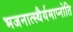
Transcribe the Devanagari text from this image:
भजनात्स्थैर्यमाप्नोति